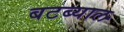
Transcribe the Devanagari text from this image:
बटब्याल